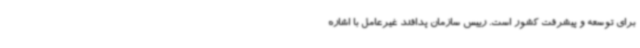
برای توسعه و پیشرفت کشور است. رییس سازمان پدافند غیرعامل با اشاره